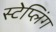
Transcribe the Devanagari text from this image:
स्टेप्लिंग